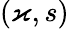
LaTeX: (\varkappa,s)